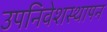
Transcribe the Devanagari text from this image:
उपनिवेशस्थापन